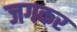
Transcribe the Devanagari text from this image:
जगकर